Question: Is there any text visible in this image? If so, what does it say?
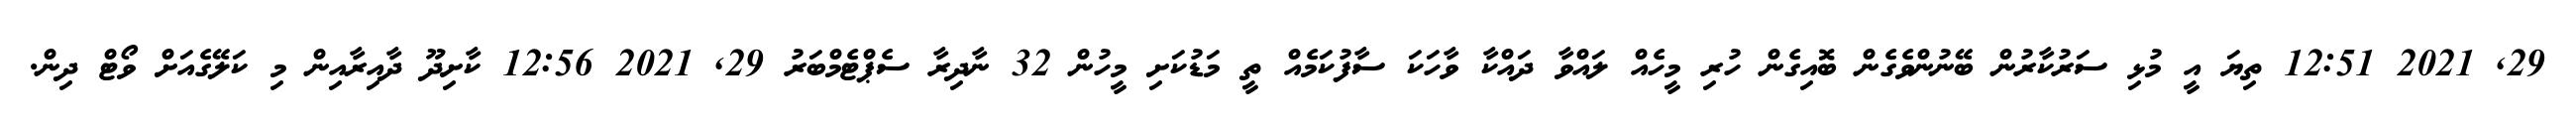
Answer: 29, 2021 12:51 ތިޔަ އީ މުޅި ސަރުކާރުން ބޭނުންވެގެން ބޮއިގެން ހުރި މީހެއް ލައްވާ ދައްކާ ވާހަކަ ސާފުކަމެއް ތީ މަޑުކަށި މީހުން 32 ނާދިރާ ސެޕްޓެމްބަރު 29, 2021 12:56 ކާށިދޫ ދާއިރާއިން މި ކަލޭގެއަށް ވޯޓް ދިން.